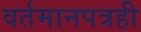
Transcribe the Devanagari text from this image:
वर्तमानपत्रही